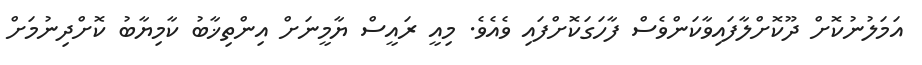
އަމަލުނުކޮށް ދޫކޮށްލާފައިވާކަންވެސް ފާހަގަކޮށްފައި ވެއެވެ. މިއީ ރައީސް ޔާމީނަށް އިންތިޚާބު ކާމިޔާބު ކޮށްދިނުމަށް